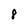
Character: 8